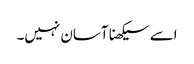
اسے سیکھنا آسان نہیں۔